Medical and sanitary report of the native army of Madras for the year
Year: 1876
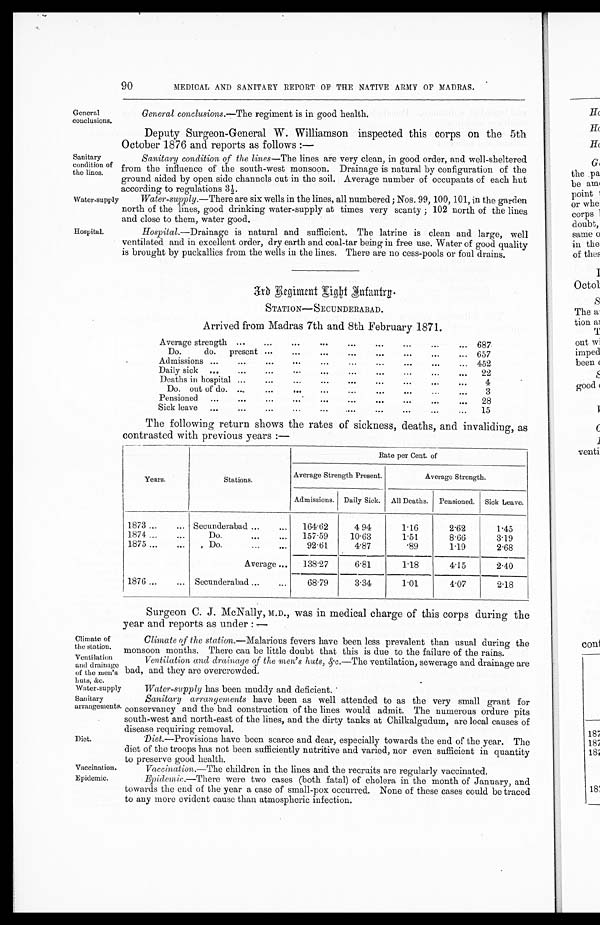
Sanitary
condition of
the lines.
Water-supply
90
MEDICAL AND SANITARY REPORT OF THE NATIVE ARMY OF MADRAS.
General
conclusions.
General conclusions. —The regiment is in good health.
Deputy Surgeon-General W. Williamson inspected this corps on the 5th
October 1876 and reports as follows :—
Sanitary condition of the lines —The lines are very clean, in good order, and well-sheltered
from the influence of the south-west monsoon. Drainage is natural by configuration of the
ground aided by open side channels cut in the soil. Average number of occupants of each hut
according to regulations 3½.
Water-supply .—There are six wells in the lines, all numbered; Nos. 99, 100, 101, in the garden
north of the lines, good drinking water-supply at times very scanty; 102 north of the lines
and close to them, water good.
Hospital.
Hospital. —Drainage is natural and sufficient. The latrine is clean and large, well
ventilated and in excellent order, dry earth and coal-tar being in free use. Water of good quality
is brought by puckallies from the wells in the lines. There are no cess-pools or foul drains.
30 Regiment Light Infantry.
S TATION —S ECUNDERABAD .
Arrived from Madras 7th and 8th February 1871.
Average strength ...
... ... ... ... ...
...
...
687
Do. do. present ...
...
...
...
. . . . . . . . . . . . 657
Admissions ...
...
...
...
...
...
. . . . . . 452
Daily sick
...
...
...
...
...
...
...
...
...
22
Deaths in hospital ...
...
...
...
...
...
...
...
4
Do. out of do. ...
...
...
...
...
...
...
...
3
Pensioned
...
...
...
...
...
...
...
. . . . . .
28
Sick leave
...
...
...
...
...
....
...
...
...
...
15
The following return shows the rates of sickness, deaths, and invaliding, as
contrasted with previous years :—
Years.
Stations.
Rate per Cent. of
Average Strength Present.
Average Strength.
Admissions. Daily Sick.
All Deaths.
Pensioned. Sick Leave.
1873
...
... Secunderabad ...
...
164.62
4. 94
1.16
2.62
1.45
1874
...
...
Do.
...
...
157.59
10.63
1.51
8.66
3.19
1875
...
...
Do.
...
...
92.61
4.87
.89
1.19
2.68
Average ...
138.27
6.81
1.18
4.15
2.40
1876
...
... Secunderabad ...
...
68.79
3.34
1.01
4.07
2.18
Surgeon C. J. McNally, M.D., was in medical charge of this corps during the
year and reports as under :—
Climate of
the station.
Ventilation
and drainage
of the men's huts,
&c.
Water-supply
Climate of the station. —Malarious fevers have been less prevalent than usual during the
monsoon months. There can be little doubt that this is due to the failure of the rains.
Ventilation and drainage of the men's huts, &c. —The ventilation, sewerage and drainage are
bad, and they are overcrowded.
Water-supply has been muddy and deficient.
Sanitary
arrangements.
Diet.
Sanitary arrangements have been as well attended to as the very small grant for
conservancy and the bad construction of the lines would admit. The numerous ordure pits
south-west and north-east of the lines, and the dirty tanks at Chilkalgudum, are local causes of
disease requiring removal.
Diet.—Provisions have been scarce and dear, especially towards the end of the year. The
diet of the troops has not been sufficiently nutritive and varied, nor even sufficient in quantity
to preserve good health.
Vaccination.
Vaccination.—The children in the lines and the recruits are regularly vaccinated.
Epidemic.
Epidemic. —There were two cases (both fatal) of cholera in the month of January, and
towards the end of the year a case of small-pox occurred. None of these cases could be traced
to any more evident cause than atmospheric infection.